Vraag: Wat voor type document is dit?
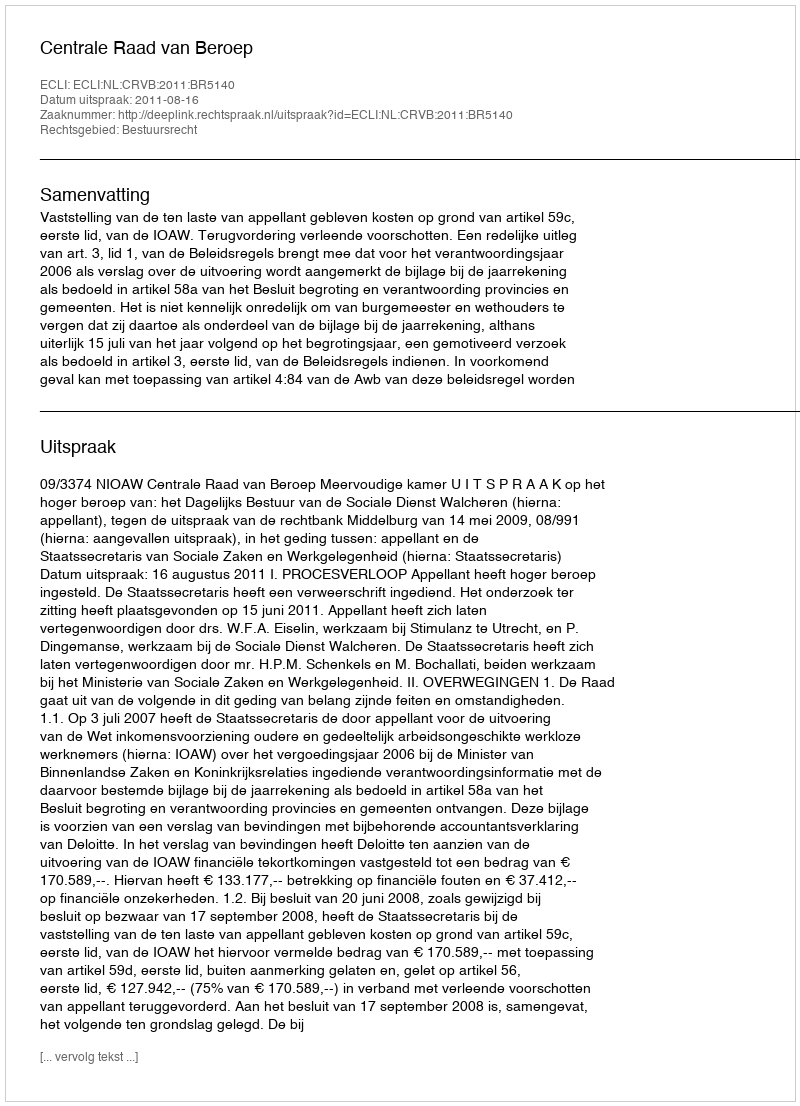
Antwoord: Uitspraak